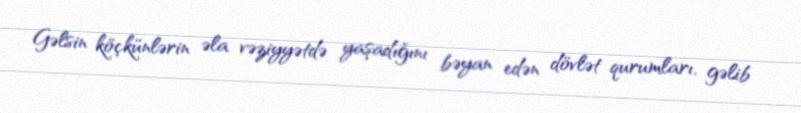
Gəlsin köçkünlərin əla vəziyyətdə yaşadığını bəyan edən dövlət qurumları, gəlib